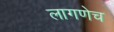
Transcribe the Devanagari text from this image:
लागणेच